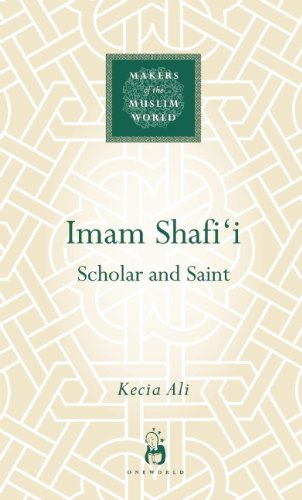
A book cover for Imam Shafi'i: Scholar and Saint; Kecia Ali; Religion & Spirituality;